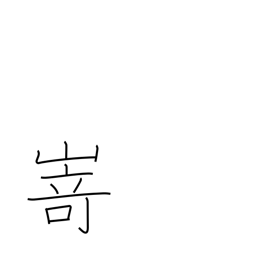
Meaning: promontory